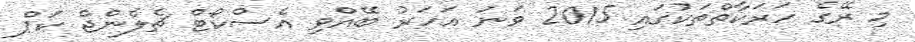
މި ރޭގެ ހަރަކާތްތަކުގައި 2015 ވަނަ އަހަރު ބޭއްވި އެސްކޯޓް ޗެލެންޖް ކަޕް